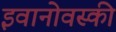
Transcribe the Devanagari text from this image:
इवानोवस्की